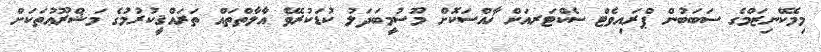
މިމެކޭނިޒަމްގެ ސަބަބުން ޕްރައިވެޓް ސެކްޓަރއަށް ޚާއްސަކޮށް މޫސުމީބަދަލު ކުޑަކުރެވޭ އާލާތްތައް ތަރައްޤީކުރުމުގެ މަޝްރޫޢުތަކަށް